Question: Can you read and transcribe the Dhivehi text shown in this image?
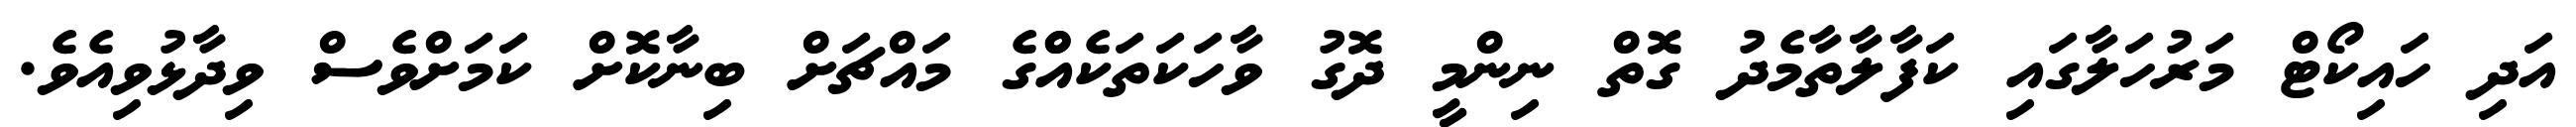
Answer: އަދި ހައިކޯޓް މަރުހަލާގައި ކަފާލާތާމެދު ގޮތް ނިންމީ ދޮގު ވާހަކަތަކެއްްގެ މައްޗަށް ބިނާކޮށް ކަމަށްވެސް ވިދާޅުވިއެވެ.